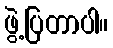
ဖွဲ့ပြတာပါ။